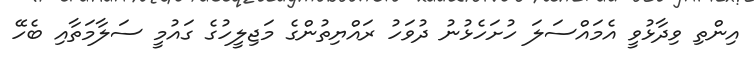
އިންތި ވިދާޅުވީ އެމައްސަލަ ހުށަހެޅުނު ދުވަހު ރައްޔިތުންގެ މަޖިލީހުގެ ގައުމީ ސަލާމަތާއި ބެހޭ